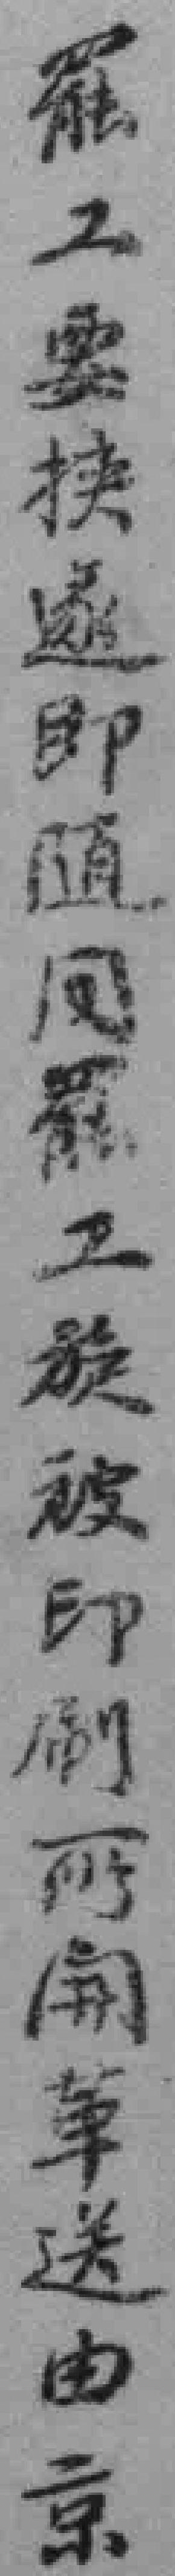
罷工要挟遂即随同罷工旋被印刷所開革送由京